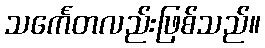
သင်္ကေတလည်းဖြစ်သည်။